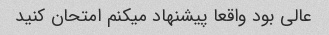
عالی بود واقعا پیشنهاد میکنم امتحان کنید